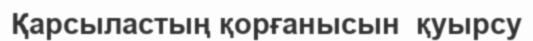
Қарсыластың қорғанысын  қуырсу